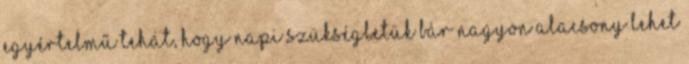
Egyértelmű tehát, hogy napi szükségletük bár nagyon alacsony lehet